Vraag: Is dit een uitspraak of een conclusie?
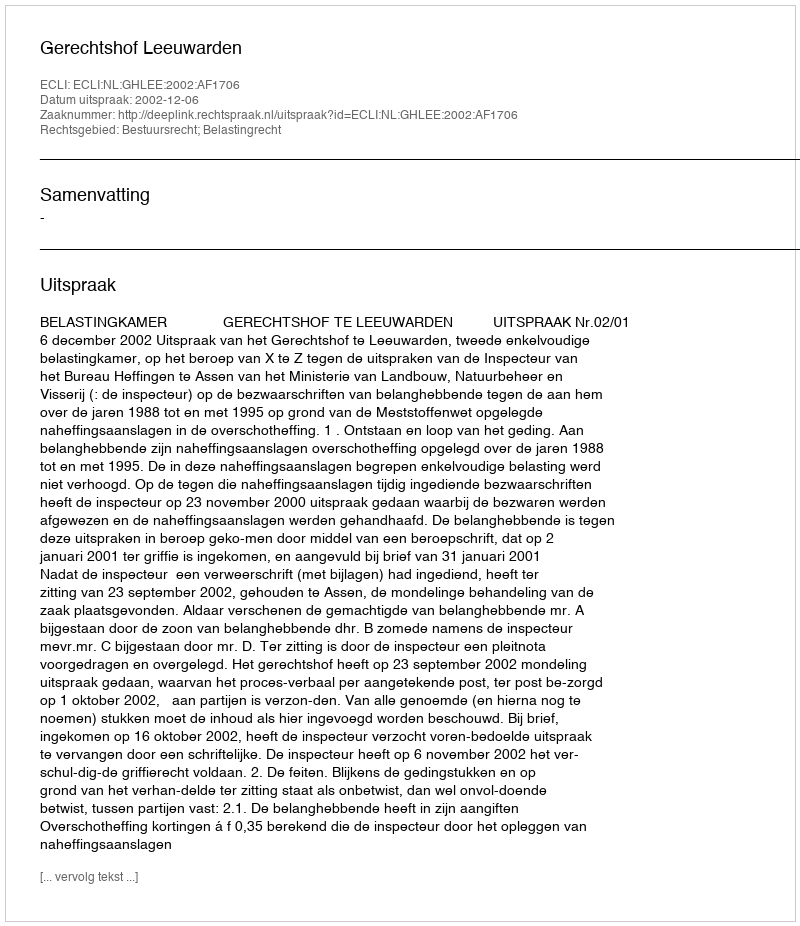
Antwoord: Uitspraak